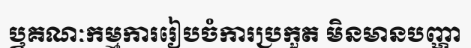
ឬគណៈកម្មការរៀបចំការប្រកួត មិនមានបញ្ហា